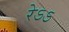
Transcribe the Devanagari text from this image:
रेऽऽ